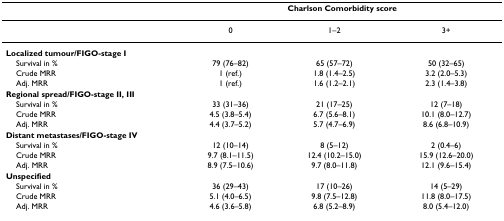
<table><thead><tr><td></td><td colspan="3"><b>Charlson Comorbidity score</b></td></tr></thead><tbody><tr><td></td><td>0</td><td>1–2</td><td>3+</td></tr><tr><td><b>Localized tumour/FIGO-stage I</b></td><td></td><td></td><td></td></tr><tr><td> Survival in %</td><td>79 (76–82)</td><td>65 (57–72)</td><td>50 (32–65)</td></tr><tr><td> Crude MRR</td><td>1 (ref.)</td><td>1.8 (1.4–2.5)</td><td>3.2 (2.0–5.3)</td></tr><tr><td> Adj. MRR</td><td>1 (ref.)</td><td>1.6 (1.2–2.1)</td><td>2.3 (1.4–3.8)</td></tr><tr><td><b>Regional spread/FIGO-stage II, III</b></td><td></td><td></td><td></td></tr><tr><td> Survival in %</td><td>33 (31–36)</td><td>21 (17–25)</td><td>12 (7–18)</td></tr><tr><td> Crude MRR</td><td>4.5 (3.8–5.4)</td><td>6.7 (5.6–8.1)</td><td>10.1 (8.0–12.7)</td></tr><tr><td> Adj. MRR</td><td>4.4 (3.7–5.2)</td><td>5.7 (4.7–6.9)</td><td>8.6 (6.8–10.9)</td></tr><tr><td><b>Distant metastases/FIGO-stage IV</b></td><td></td><td></td><td></td></tr><tr><td> Survival in %</td><td>12 (10–14)</td><td>8 (5–12)</td><td>2 (0.4–6)</td></tr><tr><td> Crude MRR</td><td>9.7 (8.1–11.5)</td><td>12.4 (10.2–15.0)</td><td>15.9 (12.6–20.0)</td></tr><tr><td> Adj. MRR</td><td>8.9 (7.5–10.6)</td><td>9.7 (8.0–11.8)</td><td>12.1 (9.6–15.4)</td></tr><tr><td><b>Unspecified</b></td><td></td><td></td><td></td></tr><tr><td> Survival in %</td><td>36 (29–43)</td><td>17 (10–26)</td><td>14 (5–29)</td></tr><tr><td> Crude MRR</td><td>5.1 (4.0–6.5)</td><td>9.8 (7.5–12.8)</td><td>11.8 (8.0–17.5)</td></tr><tr><td> Adj. MRR</td><td>4.6 (3.6–5.8)</td><td>6.8 (5.2–8.9)</td><td>8.0 (5.4–12.0)</td></tr></tbody></table>